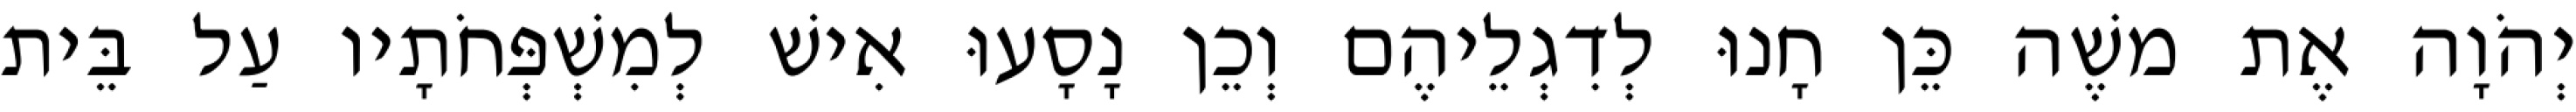
יְהֹוָה אֶת משֶׁה כֵּן חָנוּ לְדִגְלֵיהֶם וְכֵן נָסָעוּ אִישׁ לְמִשְׁפְּחֹתָיו עַל בֵּית